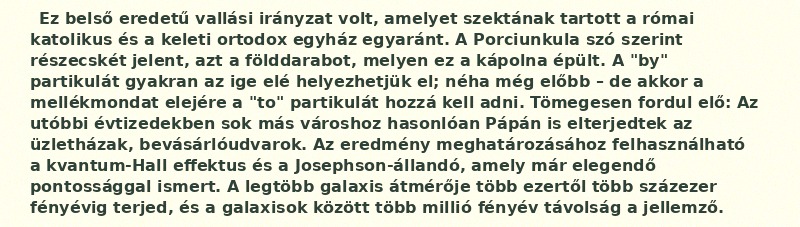
Ez belső eredetű vallási irányzat volt, amelyet szektának tartott a római katolikus és a keleti ortodox egyház egyaránt. A Porciunkula szó szerint részecskét jelent, azt a földdarabot, melyen ez a kápolna épült. A "by" partikulát gyakran az ige elé helyezhetjük el; néha még előbb – de akkor a mellékmondat elejére a "to" partikulát hozzá kell adni. Tömegesen fordul elő: Az utóbbi évtizedekben sok más városhoz hasonlóan Pápán is elterjedtek az üzletházak, bevásárlóudvarok. Az eredmény meghatározásához felhasználható a kvantum-Hall effektus és a Josephson-állandó, amely már elegendő pontossággal ismert. A legtöbb galaxis átmérője több ezertől több százezer fényévig terjed, és a galaxisok között több millió fényév távolság a jellemző.